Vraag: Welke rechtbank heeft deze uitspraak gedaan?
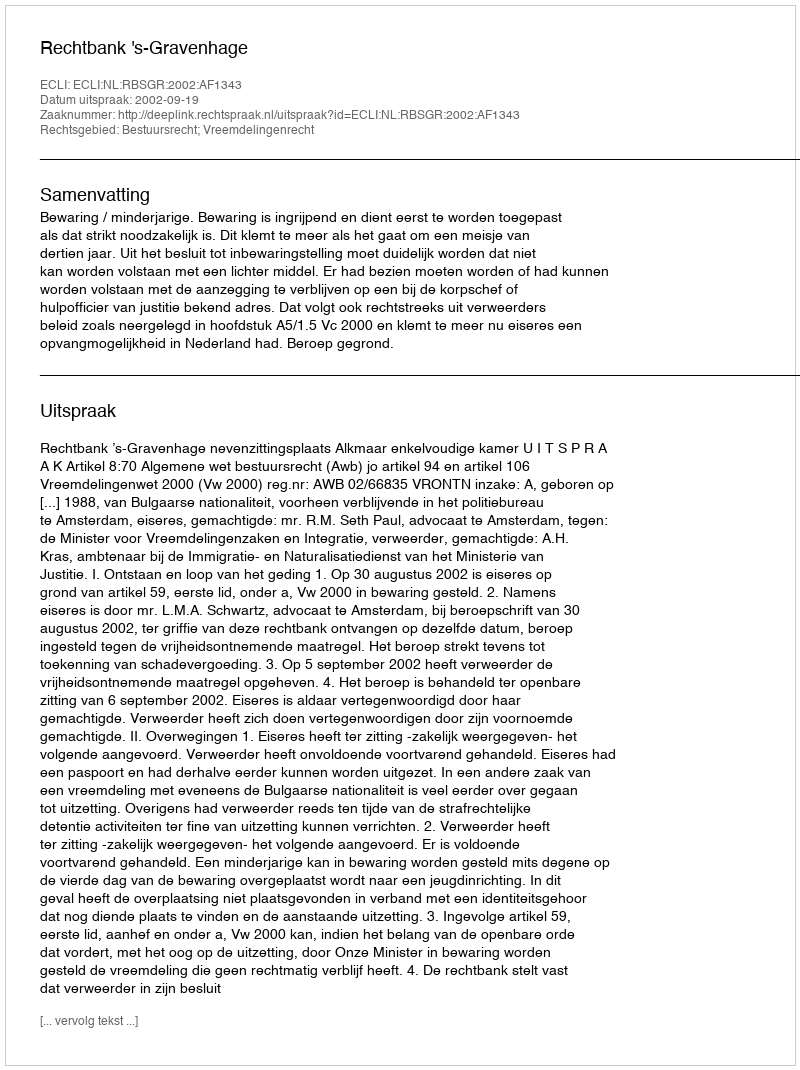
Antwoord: Rechtbank 's-Gravenhage